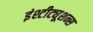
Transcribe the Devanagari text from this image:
इंश्टीट्यूशन्स